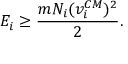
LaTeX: E _ { i } \ge \frac { m N _ { i } ( v _ { i } ^ { C M } ) ^ { 2 } } { 2 } .